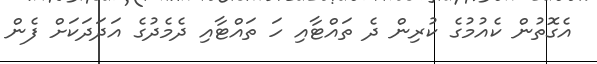
އެގޮތުން ކެއުމުގެ ކުރިން ދެ ތައްޓާއި ހަ ތައްޓާއި ދެމެދުގެ އަދަދަކަށް ފެން